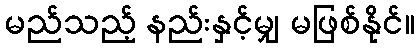
မည်သည့် နည်းနှင့်မျှ မဖြစ်နိုင်။